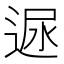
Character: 𨓪